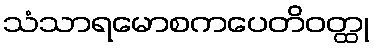
သံသာရမောစကပေတိဝတ္ထု